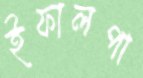
ইফালপা